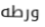
ورطه